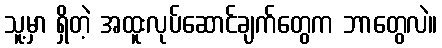
သူ့မှာ ရှိတဲ့ အထူးလုပ်ဆောင်ချက်တွေက ဘာတွေလဲ။